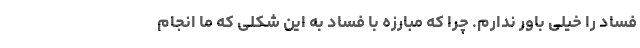
فساد را خیلی باور ندارم. چرا که مبارزه با فساد به این شکلی که ما انجام